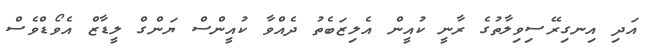
އަދި އިނގިރޭސިވިލާތުގެ ރާނީ ކުއީން އެލިޒަބެތު ދެއްވާ ކުއީންސް ޔަންގް ލީޑާޒް އެވޯޑްވެސް